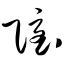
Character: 隐